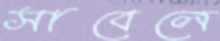
সাবেলে